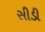
સીડી